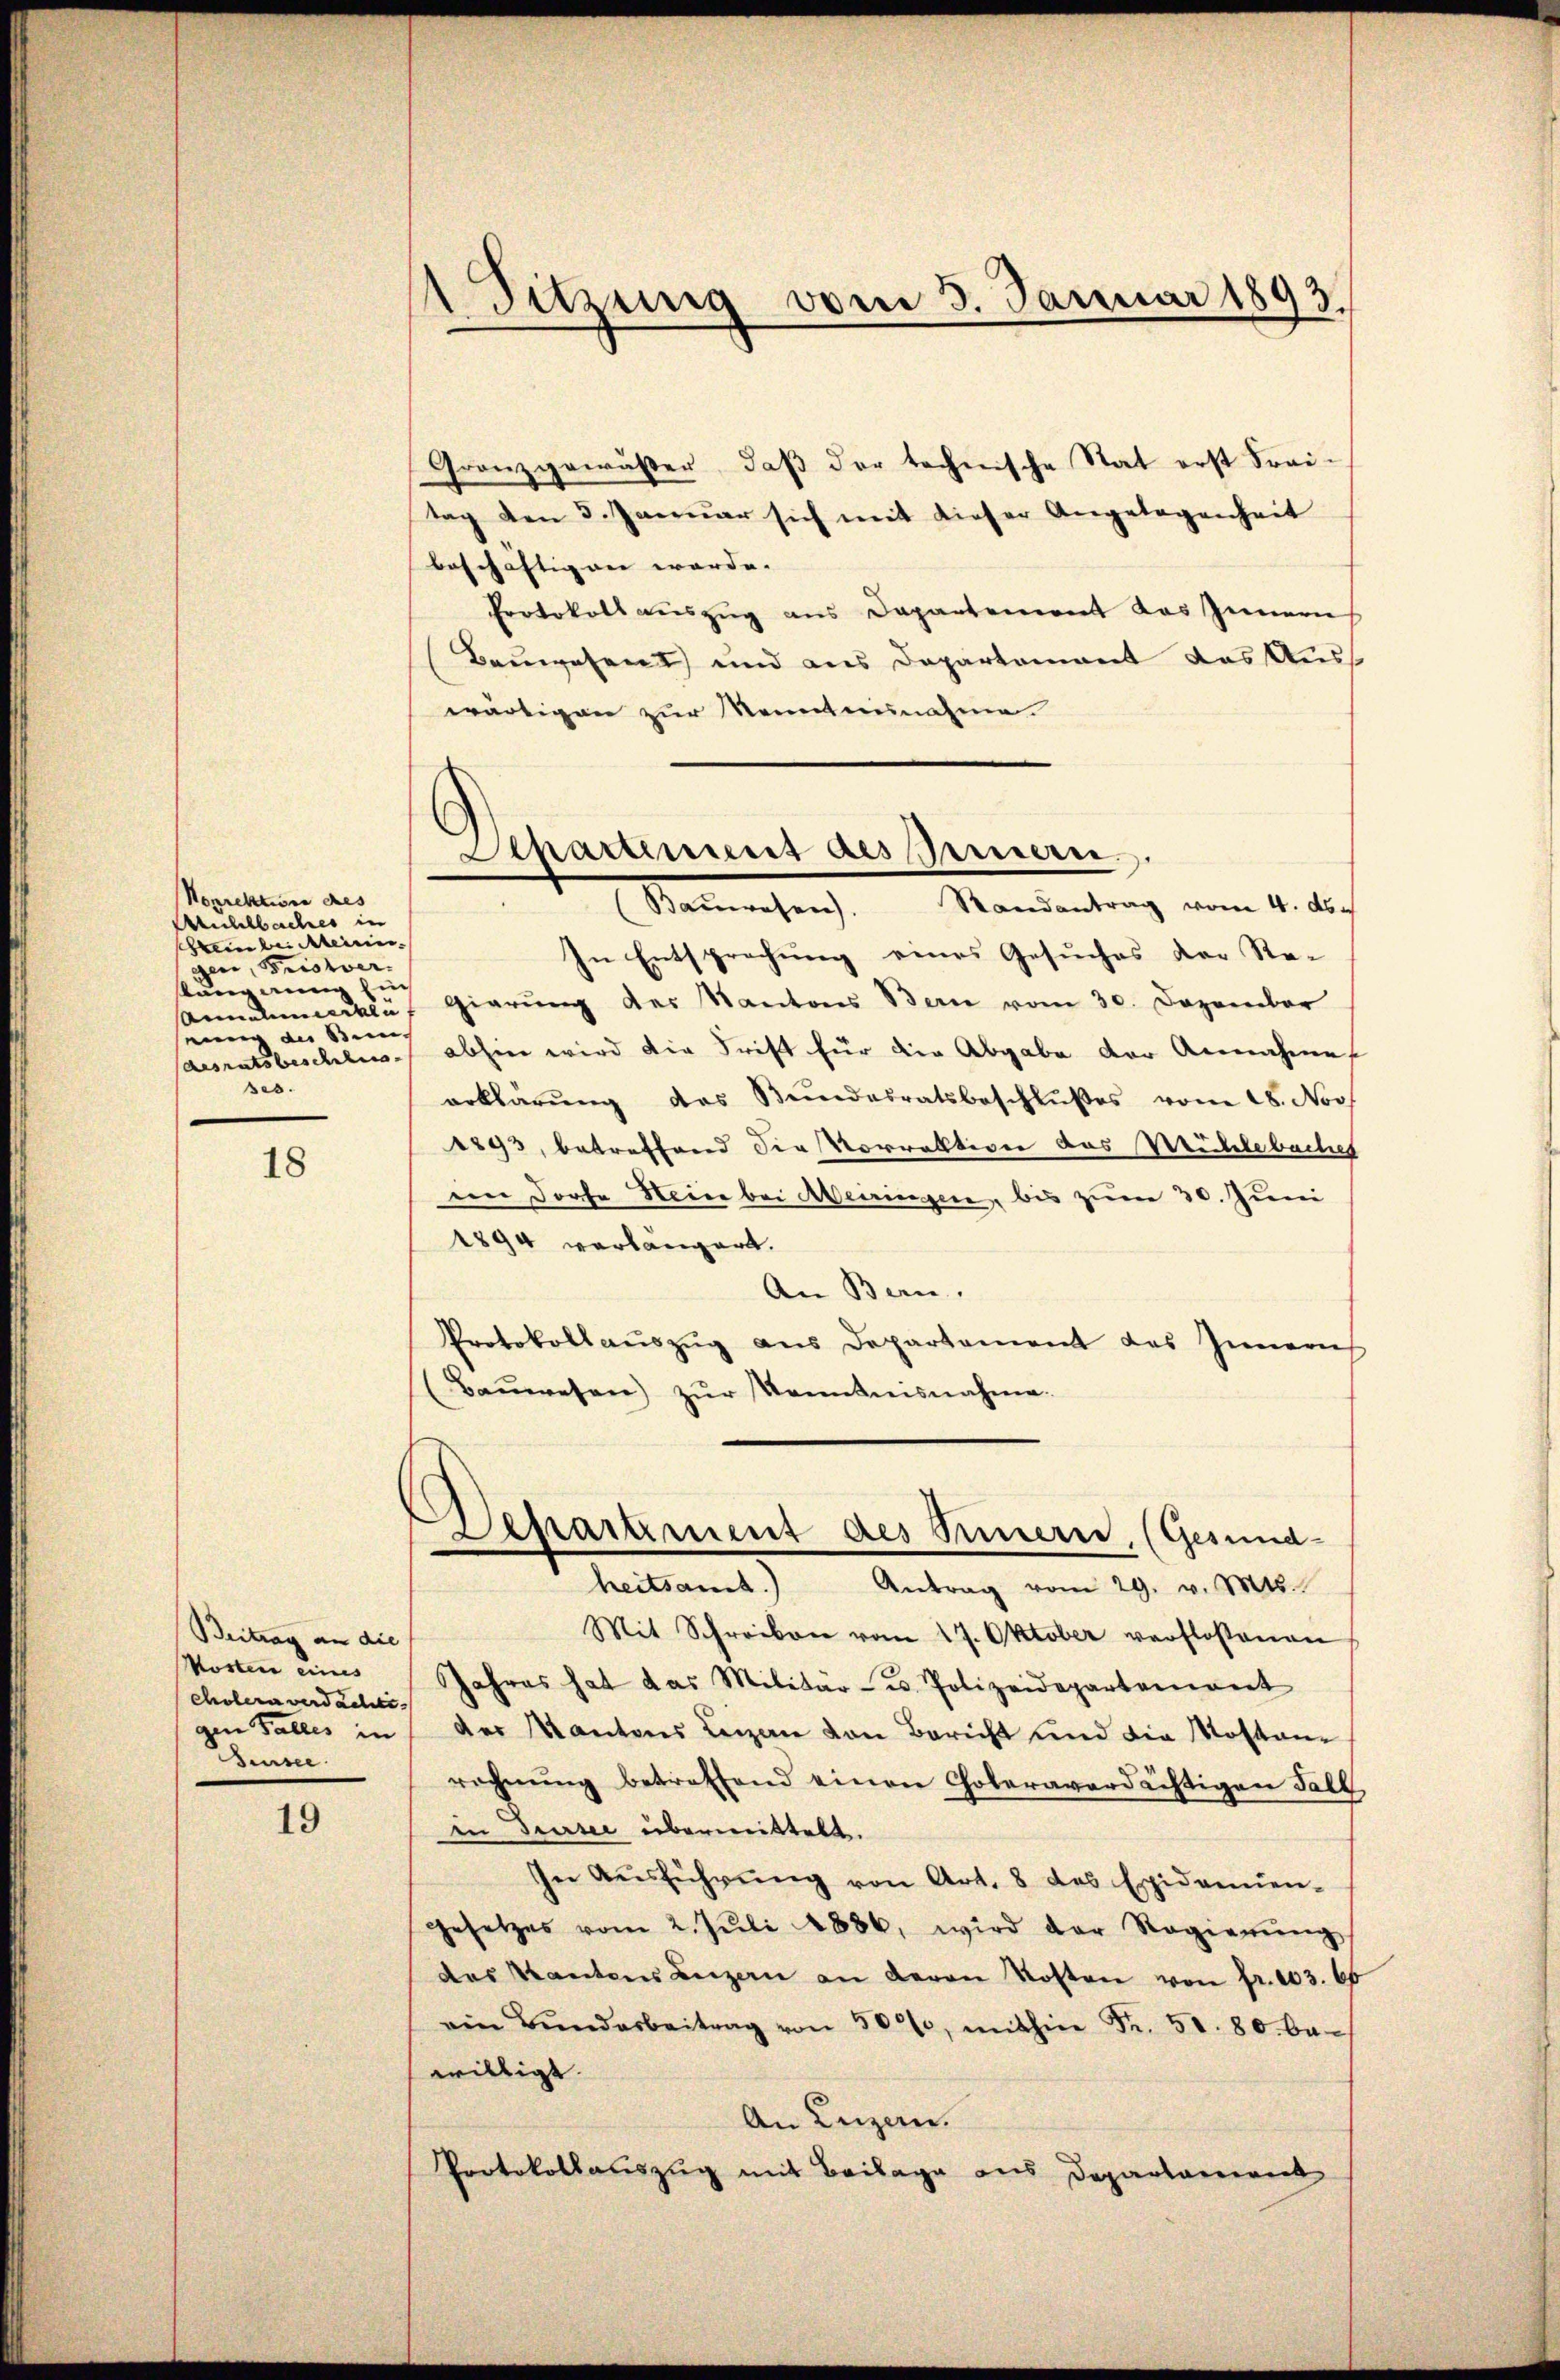
Norrektion des
Michlbaches in
Hrein bei Meirin.
gen, Pristverstung nung ein
nin des Sen
desratsbeschlus
ses.

18

Beitrag an die
Mosten eines
Cholera verdactic
gen Falles in
Sursee.

19

sitzung vom 3. Januar 1893.

Granz gewässer, daβ der technische Stat erst Frei-
tag den 5. Januar sich mit dieser Angelegenheit
beschäftigen werde. |
Protokoll auszug aus Departement das Innern
Bauwesent und aus Departement das Auss
wärtigen zur Kenntnisnahme
In Entsprechung eines Gesuches der Re-
Annelikte, gierung des Kantons Bern vom 30. Dezember
abhin wird die Trift für die Abgabe der Annahme
erklärŭng des Bŭndesratsbeschlŭβes von 18. Nov
1893, betreffend der Vorrativen des Mühlebaches
im Dorfe Hein bei Meiringen, bis zum 30. Juni
1894 verlangert.
An Bern.
Protokollauszug aus Departement das Innerich
(Baŭwesen) zŭr Kenntnisnahme.
Separtement des Sinnern, (Gesundheitsamt.)
Antrag vom 29. v. Mts.
Mit Schreiben vom 17. Oktober verflossenen
Jahres hat das Militär- u. Polizeidepartement
der Kantons Leigen von Bericht und die Mostanrechnŭng betreffend einen Coleraverdächtigen Fall
in Turtei übermittelt.
In Aŭsführŭng von Art. 8 des Epidemien-
gesetzes vom 2. Jŭli 1886. wird der Regierŭng
des Kantons Luzern an deron Kosten von fr. 103. 66
ein Bŭndarbeitrag von 500, mithin Fr. 50. 80. be-
willigt.
An Luzern.
Protokollauszug mit Beilage aus Departament

Separtement des Pernern.
Randantrag vom 4. ds.
(Baŭwesen.